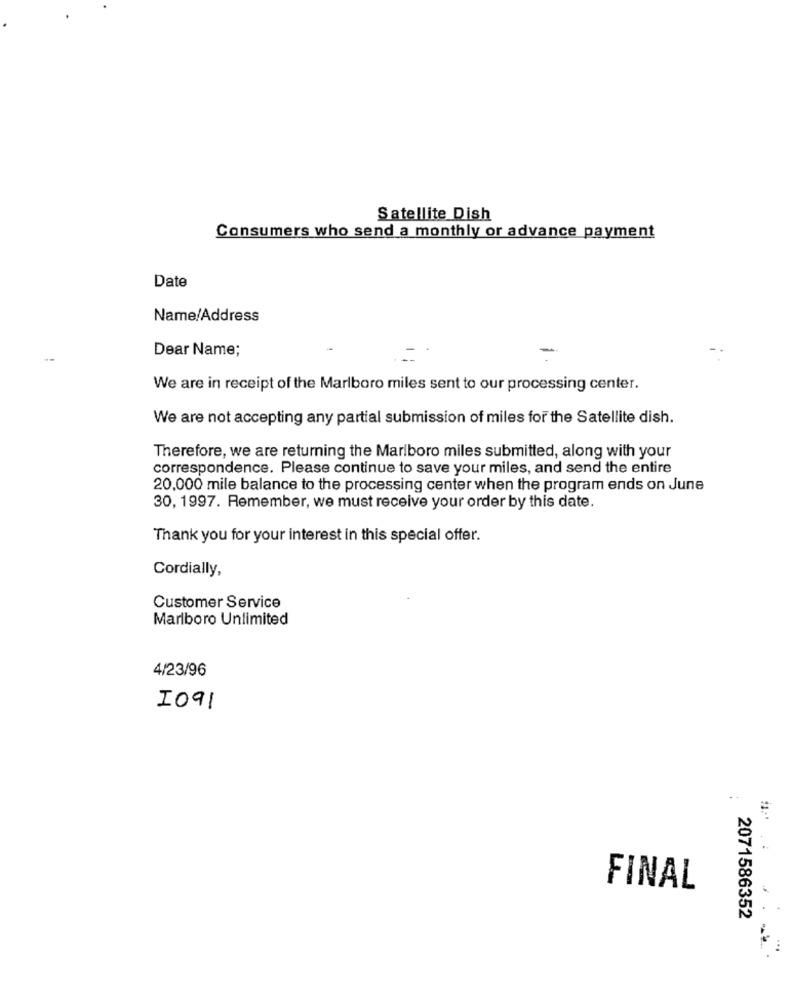
Satellite Dish
Consumers who send a monthly or advance payment
Date
Name/Address
Dear Name;
We are in receipt of the Marlboro miles sent to our processing center.
We are not accepting any partial submission of miles for the Satellite dish.
Therefore, we are returning the Marlboro miles submitted, along with your
correspondence. Please continue to save your miles, and send the entire
20,000 mile balance to the processing center when the program ends on June
30, 1997. Remember, we must receive your order by this date.
Thank you for your interest in this special offer.
Cordially,
Customer Service
Marlboro Unlimited
4/23/96
1091
FINAL
2071586352